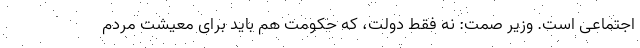
اجتماعی است. وزیر صمت: نه فقط دولت، که حکومت هم باید برای معیشت مردم